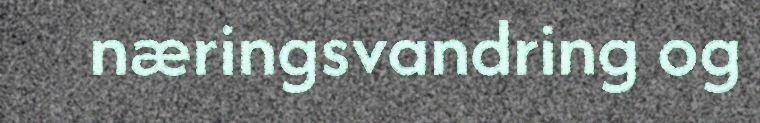
næringsvandring og